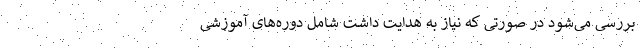
بررسی می‌شود در صورتی که نیاز به هدایت داشت شامل دوره‌های آموزشی